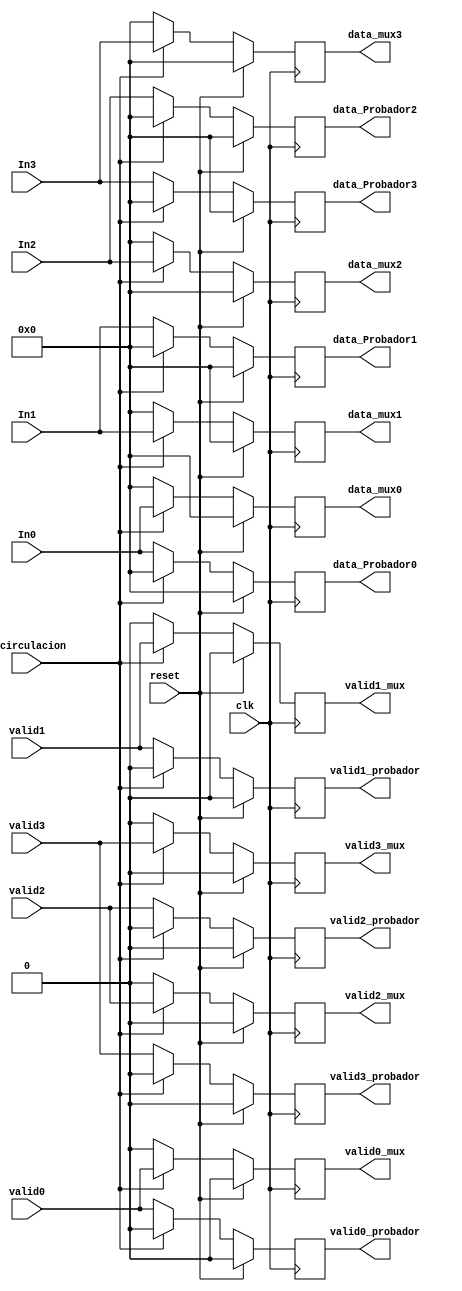
module Recirculacion(
    input [7:0] In0, In1, In2, In3,
    input clk, reset,
    input valid0, valid1, valid2, valid3,
    input recirculacion, 
    output reg [7:0] data_mux0,
    output reg [7:0] data_Probador0,
    output reg [7:0] data_mux1,
    output reg [7:0] data_Probador1,
    output reg [7:0] data_mux2,
    output reg [7:0] data_Probador2, 
    output reg [7:0] data_mux3,
    output reg [7:0] data_Probador3,
    output reg valid0_mux, valid1_mux, valid2_mux, valid3_mux,
    output reg valid0_probador, valid1_probador, valid2_probador, valid3_probador
    );
//son 4 demuxes

//DEMUX 1
always @(posedge clk)begin
        if(reset == 1)begin
        data_mux0 <= 0;
        data_Probador0 <= 0;
        valid0_mux <= 0;
        valid0_probador <= 0;
        end 
        else begin
        if(recirculacion == 1 ) begin //de momento si selector es 1 continuamos sino mandamos al probador
            data_mux0 <= In0;
            valid0_mux <= valid0;
            data_Probador0 <= 8'b0;
            valid0_probador <= 0;
        end
        

        else if(recirculacion == 0 )begin
            data_Probador0 <= In0;
            data_mux0 <= 8'b0;
            valid0_probador <= valid0;
            valid0_mux <= 0;
        end
    end
end

//DEMUX 2
always @(posedge clk)begin
        if(reset == 1)begin
        data_mux1 <= 0;
        data_Probador1 <= 0;
        valid1_mux <= 0;
        valid1_probador <= 0;
        end
        else begin
        if(recirculacion == 1 ) begin //de momento si selector es 1 continuamos sino mandamos al probador
            data_mux1 <=In1;
            valid1_mux <= valid1;
            valid1_probador <= 0;
            data_Probador1 <= 8'b0;
        end

        else if(recirculacion == 0 )begin
            data_Probador1 <=In1;
            data_mux1 <= 8'b0;
            valid1_probador <= valid1;
            valid1_mux <= 0;
        end
        end
        

end

//DEMUX 3
always @(posedge clk)begin
        if(reset == 1)begin
        data_mux2 <= 0;
        data_Probador2 <= 0;
        valid2_mux <= 0;
        valid2_probador <= 0;
        end
        else begin
        if(recirculacion == 1 ) begin //de momento si selector es 1 continuamos sino mandamos al probador
            data_mux2 <=In2;
            valid2_mux <= valid2;
            valid2_probador <= 0;
            data_Probador2 <= 8'b0;
        end

        else if(recirculacion == 0 )begin
            data_Probador2 <=In2;
            data_mux2 <= 8'b0;
            valid2_probador <= valid2;
            valid2_mux <= 0;
        end
        end

end

//DEMUX 4
always @(posedge clk)begin
        if(reset == 1)begin
        data_mux3 <= 0;
        data_Probador3 <= 0;
        valid3_mux <= 0;
        valid3_probador <= 0;
        end
        else begin
        if(recirculacion == 1 ) begin //de momento si selector es 1 continuamos sino mandamos al probador
            data_mux3 <=In3;
            valid3_mux <= valid3;
            valid3_probador <= 0;
            data_Probador3 <= 8'b0;
        end

        else if(recirculacion == 0 )begin
            data_Probador3 <=In3;
            data_mux3 <= 8'b0;
            valid3_probador <= valid3;
            valid3_mux <= 0;
        end
        end

end

endmodule